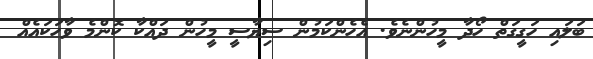
ބަލައި ހަގީގަތް ހޯދާ މީހުންނެވެ. އެހެންކަމުން ސިޔާސީ މީހުން ދައްކާ ކޮންމެ ވާހަކައެއް